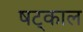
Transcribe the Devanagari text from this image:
षट्काल